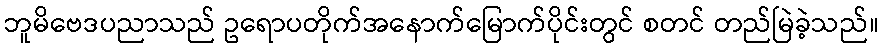
ဘူမိဗေဒပညာသည် ဥရောပတိုက်အနောက်မြောက်ပိုင်းတွင် စတင် တည်မြဲခဲ့သည်။